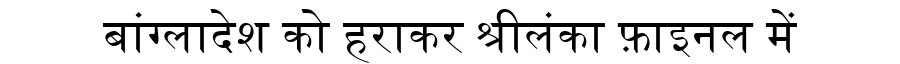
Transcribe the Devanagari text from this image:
बांग्लादेश को हराकर श्रीलंका फ़ाइनल में